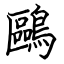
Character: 鷗